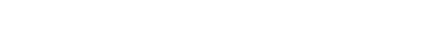
ဉာတပရိညာဝသေန၊ ဖြင့်လည်းကောင်း။ တီရဏပရိညာဝသေနစ၊ ဖြင့်လည်းကောင်း။